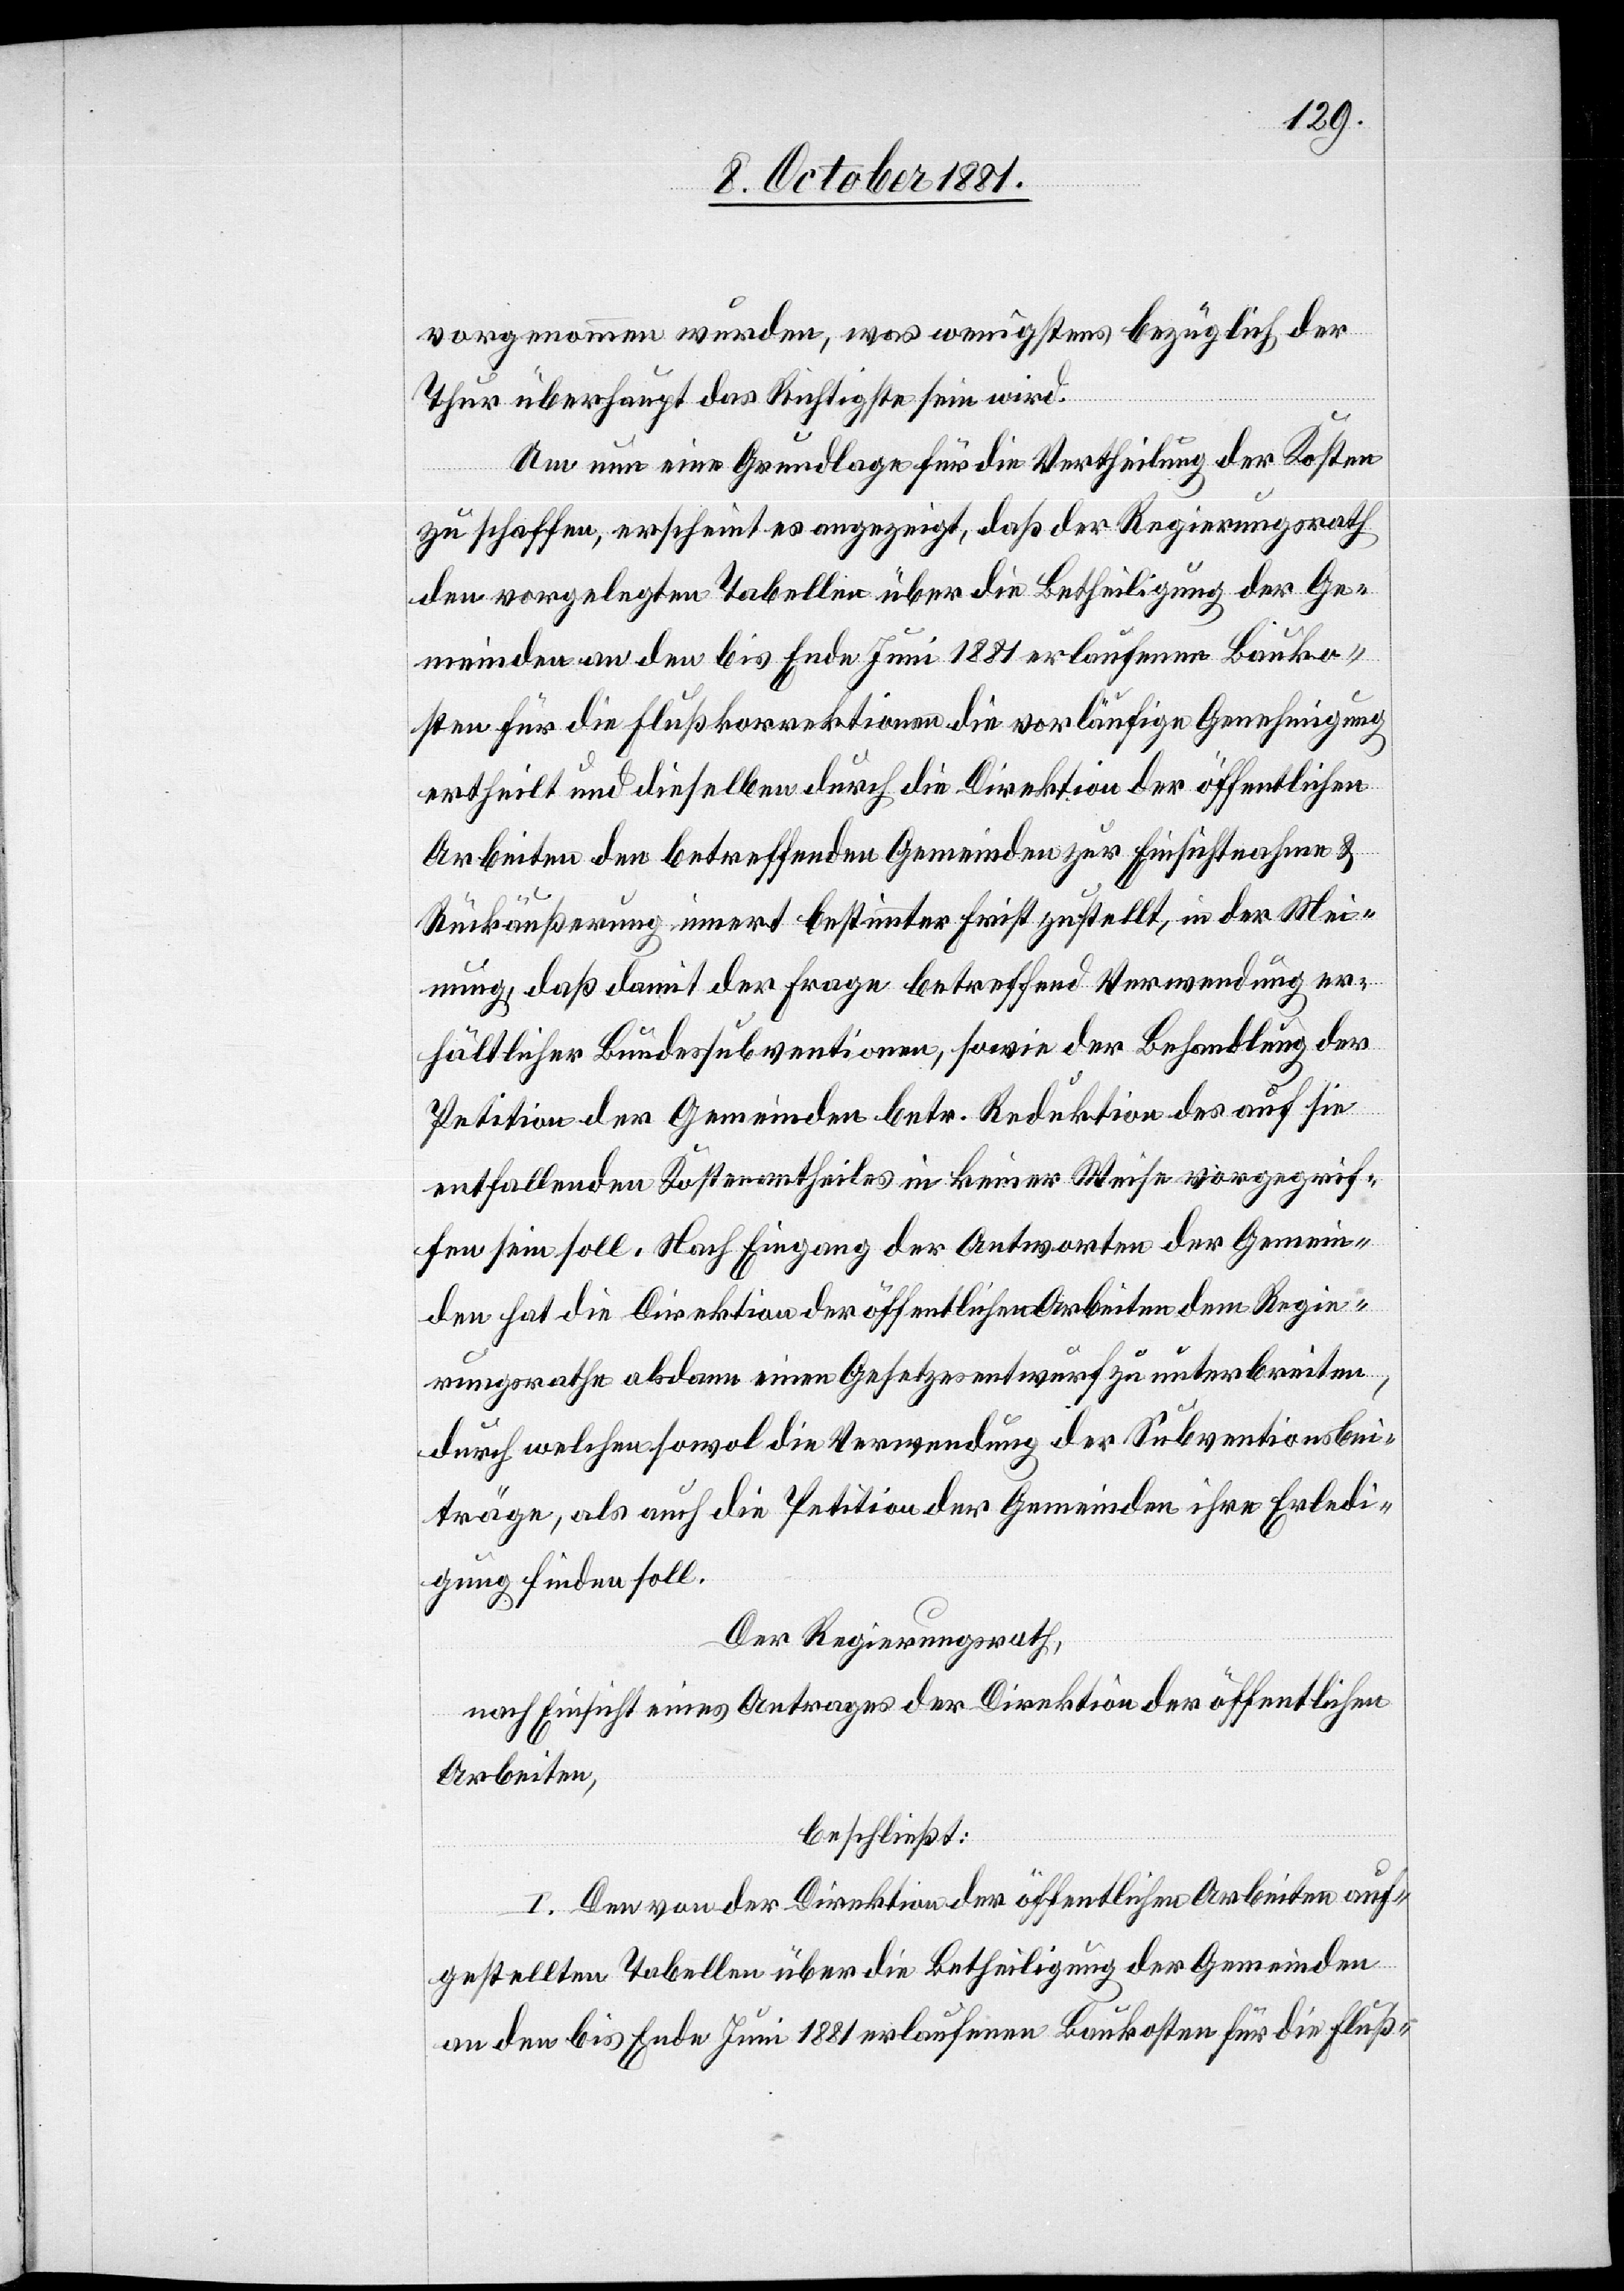
vorgenommen wurden, was wenigstens bezüglich der
Thur überhaupt das Richtigste sein wird.
Um nun eine Grundlage für die Vertheilung der Kosten
zu schaffen, erscheint es angezeigt, daß der Regierungsrath
den vorgelegten Tabellen über die Betheiligung der Ge¬
meinden an den bis Ende Juni 1881 erlaufenen Bauko¬
sten für die Flußkorrektionen die vorläufige Genehmigung
ertheilt und dieselben durch die Direktion der öffentlichen
Arbeiten den betreffenden Gemeinden zur Einsichtnahme &
Rückäußerung innert bestimmter Frist gestellt, in der Mei¬
nung, daß damit der Frage betreffend Verwendung er¬
hältlicher Bundessubventionen, sowie der Behandlung der
Petition der Gemeinden betr. Reduktion des auf sie
entfallenden Kostentheiles in keiner Weise vorgegrif¬
fen sein soll. Nach Eingang der Antworten der Gemein¬
den hat die Direktion der öffentlichen Arbeiten dem Regie¬
rungsrathe abdann einen Gesetzesentwurf zu unterbreiten,
durch welchen sowol die Verwendung der Subventionsbei¬
träge, als auch die Petition der Gemeinden ihre Erledi¬
gung finden soll.
Der Regierungsrath,
nach Einsicht eines Antrages der Direktion der öffentlichen
Arbeiten,
beschließt:
I. Den von der Direktion der öffentlichen Arbeiten auf¬
gestellten Tabellen über die Betheiligung der Gemeinden
an den bis Ende Juni 1881 erlaufenen Baukosten für die Fluß-